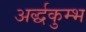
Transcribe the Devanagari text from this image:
अर्द्धकुम्भ